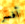
أفسر